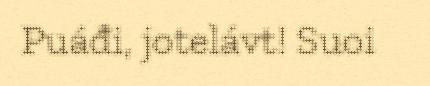
Puáđi, jotelávt! Suoi